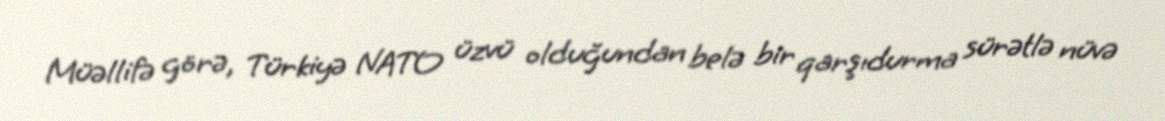
Müəllifə görə, Türkiyə NATO üzvü olduğundan belə bir qarşıdurma sürətlə nüvə